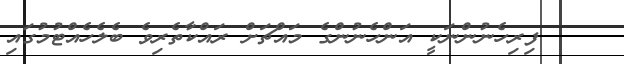
ފިރިހެނުންނަކީ އަންހެނުންގެ މައްޗަށް ރައްކާތެރިވެ ބެލެހެއްޓުމުގައި